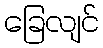
ခြေလျင်